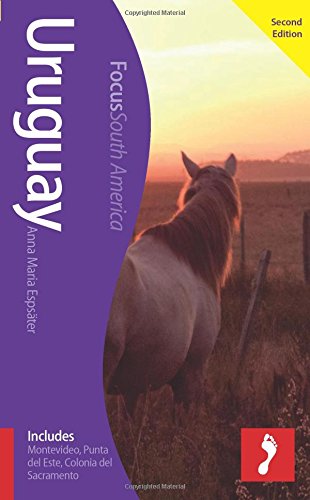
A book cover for Uruguay Focus Guide (Footprint Focus); Anna Maria Espater; Travel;